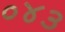
૦૪૩